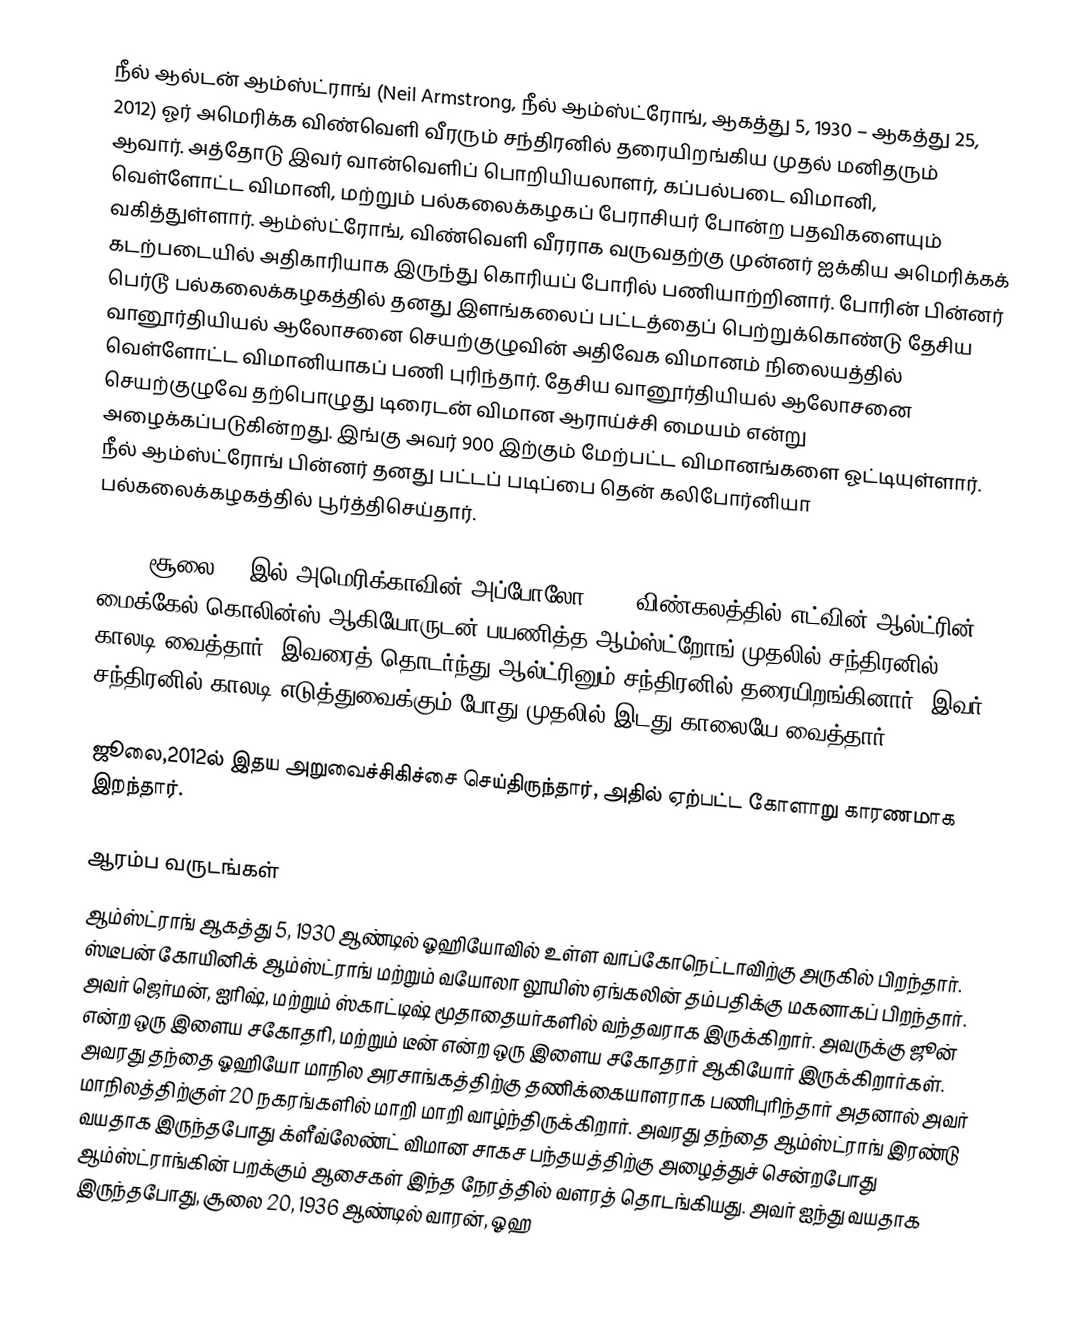
நீல் ஆல்டன் ஆம்ஸ்ட்ராங் (Neil Armstrong, நீல் ஆம்ஸ்ட்ரோங், ஆகத்து 5, 1930 – ஆகத்து 25, 2012) ஓர் அமெரிக்க விண்வெளி வீரரும் சந்திரனில் தரையிறங்கிய முதல் மனிதரும் ஆவார். அத்தோடு இவர் வான்வெளிப் பொறியியலாளர், கப்பல்படை விமானி, வெள்ளோட்ட விமானி, மற்றும் பல்கலைக்கழகப் பேராசியர் போன்ற பதவிகளையும் வகித்துள்ளார். ஆம்ஸ்ட்ரோங், விண்வெளி வீரராக வருவதற்கு முன்னர் ஐக்கிய அமெரிக்கக் கடற்படையில் அதிகாரியாக இருந்து கொரியப் போரில் பணியாற்றினார். போரின் பின்னர் பெர்டூ பல்கலைக்கழகத்தில் தனது இளங்கலைப் பட்டத்தைப் பெற்றுக்கொண்டு தேசிய வானூர்தியியல் ஆலோசனை செயற்குழுவின் அதிவேக விமானம் நிலையத்தில் வெள்ளோட்ட விமானியாகப் பணி புரிந்தார். தேசிய வானூர்தியியல் ஆலோசனை செயற்குழுவே தற்பொழுது டிரைடன் விமான ஆராய்ச்சி மையம் என்று அழைக்கப்படுகின்றது. இங்கு அவர் 900 இற்கும் மேற்பட்ட விமானங்களை ஓட்டியுள்ளார். நீல் ஆம்ஸ்ட்ரோங் பின்னர் தனது பட்டப் படிப்பை தென் கலிபோர்னியா பல்கலைக்கழகத்தில் பூர்த்திசெய்தார்.

1969, சூலை 20 இல் அமெரிக்காவின் அப்போலோ - 11 விண்கலத்தில் எட்வின் ஆல்ட்ரின், மைக்கேல் கொலின்ஸ் ஆகியோருடன் பயணித்த ஆம்ஸ்ட்றோங் முதலில் சந்திரனில் காலடி வைத்தார். இவரைத் தொடர்ந்து ஆல்ட்ரினும் சந்திரனில் தரையிறங்கினார். இவர் சந்திரனில் காலடி எடுத்துவைக்கும் போது முதலில் இடது காலையே வைத்தார்.

ஜூலை,2012ல் இதய அறுவைச்சிகிச்சை செய்திருந்தார், அதில் ஏற்பட்ட கோளாறு காரணமாக இறந்தார்.

ஆரம்ப வருடங்கள்
ஆம்ஸ்ட்ராங் ஆகத்து 5, 1930 ஆண்டில் ஓஹியோவில் உள்ள வாப்கோநெட்டாவிற்கு அருகில் பிறந்தார். ஸ்டீபன் கோயினிக் ஆம்ஸ்ட்ராங் மற்றும் வயோலா லூயிஸ் ஏங்கலின் தம்பதிக்கு மகனாகப் பிறந்தார். அவர் ஜெர்மன், ஐரிஷ், மற்றும் ஸ்காட்டிஷ் மூதாதையர்களில் வந்தவராக இருக்கிறார். அவருக்கு ஜூன் என்ற ஒரு இளைய சகோதரி, மற்றும் டீன் என்ற ஒரு இளைய சகோதரர் ஆகியோர் இருக்கிறார்கள். அவரது தந்தை ஓஹியோ மாநில அரசாங்கத்திற்கு தணிக்கையாளராக  பணிபுரிந்தார் அதனால் அவர் மாநிலத்திற்குள் 20 நகரங்களில் மாறி மாறி வாழ்ந்திருக்கிறார்.  அவரது தந்தை ஆம்ஸ்ட்ராங் இரண்டு வயதாக இருந்தபோது க்ளீவ்லேண்ட் விமான சாகச பந்தயத்திற்கு அழைத்துச் சென்றபோது ஆம்ஸ்ட்ராங்கின் பறக்கும் ஆசைகள் இந்த நேரத்தில் வளரத் தொடங்கியது. அவர் ஐந்து வயதாக இருந்தபோது, சூலை 20, 1936 ஆண்டில் வாரன், ஓஹ